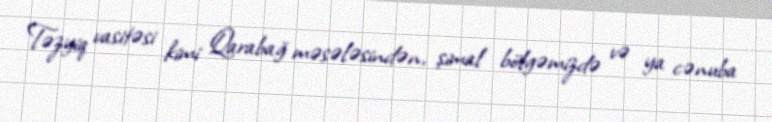
Təzyiq vasitəsi kimi Qarabağ məsələsindən, şimal bölgəmizdə və ya cənuba